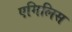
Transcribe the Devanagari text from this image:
एमिलिस